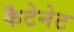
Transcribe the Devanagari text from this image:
कैटेनेट